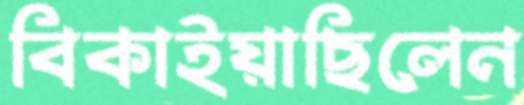
বিকাইয়াছিলেন